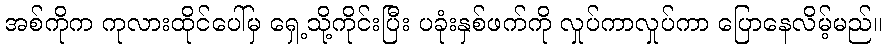
အစ်ကိုက ကုလားထိုင်ပေါ်မှ ရှေ့သို့ကိုင်းပြီး ပခုံးနှစ်ဖက်ကို လှုပ်ကာလှုပ်ကာ ပြောနေလိမ့်မည်။